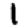
Digit: 1